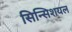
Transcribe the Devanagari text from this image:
सिन्सिशयल